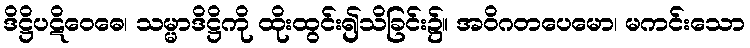
ဒိဋ္ဌိပဋိဝေဓေ၊ သမ္မာဒိဋ္ဌိကို ထိုးထွင်း၍သိခြင်း၌။ အဝိဂတပေမော၊ မကင်းသော